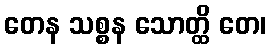
တေန သစ္စန သောတ္ထိ တေ၊